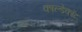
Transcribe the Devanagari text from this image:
काल्डेकॉट